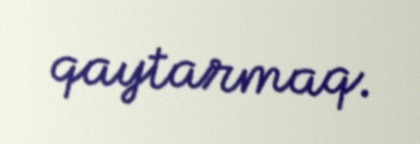
qaytarmaq.